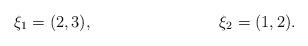
LaTeX: \begin{align*}\xi_1 &= (2,3),&\xi_2 &= (1,2).\end{align*}